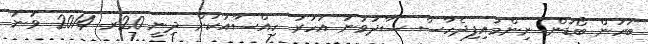
ބަހަން ބޯޑުން ނިންމައިފިދެހާސް ސާދަވަނަ އަހަރު ހިއްސާއަކަށް ދިނީ 20ރ. 2014 ވަނަ